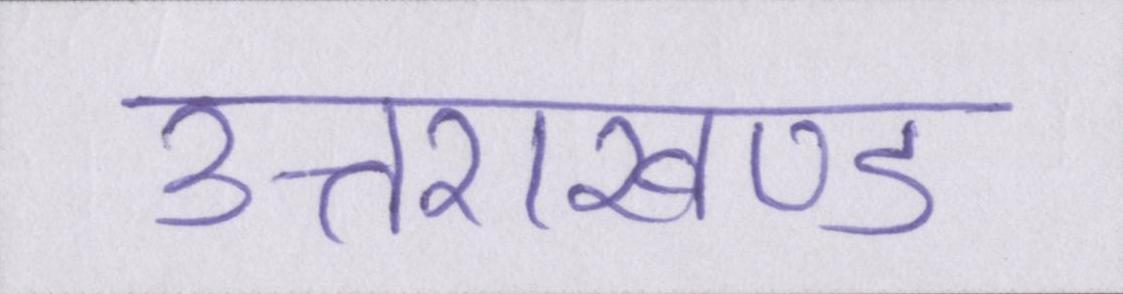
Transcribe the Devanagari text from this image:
उत्तराखण्ड